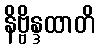
နိဗ္ဗိန္ဒထာတိ